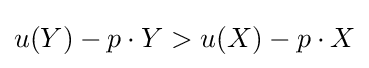
u(Y)-p\cdot Y>u(X)-p\cdot X